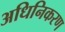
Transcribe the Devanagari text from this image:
अधिनिकरण